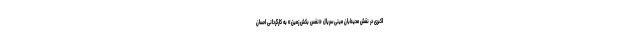
اکبری در نقش محیط‌بان مینی‌سریال «نفس بکش زمین» به کارگردانی احسان